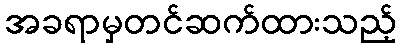
အခရာမှတင်ဆက်ထားသည့်